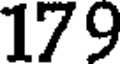
179